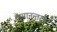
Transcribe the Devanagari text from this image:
लग्नानन्तरच